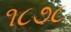
૧૮૭૮